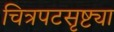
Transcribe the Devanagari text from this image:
चित्रपटसृष्ट्या